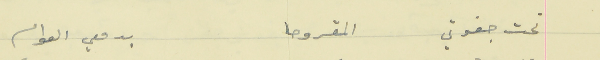
تحت جفوني  المقروحا                                  بدمعي العوام